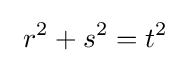
\ r^{2}+s^{2}=t^{2}~